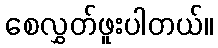
စေလွှတ်ဖူးပါတယ်။